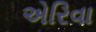
એરિવા